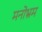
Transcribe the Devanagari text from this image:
मनोभ्रम